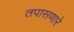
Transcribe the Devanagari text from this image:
तपासणारे